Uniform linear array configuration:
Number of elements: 8
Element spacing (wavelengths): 1
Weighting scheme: cosine
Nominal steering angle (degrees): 15
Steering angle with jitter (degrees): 15.04
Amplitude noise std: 0.05
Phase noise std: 0.05

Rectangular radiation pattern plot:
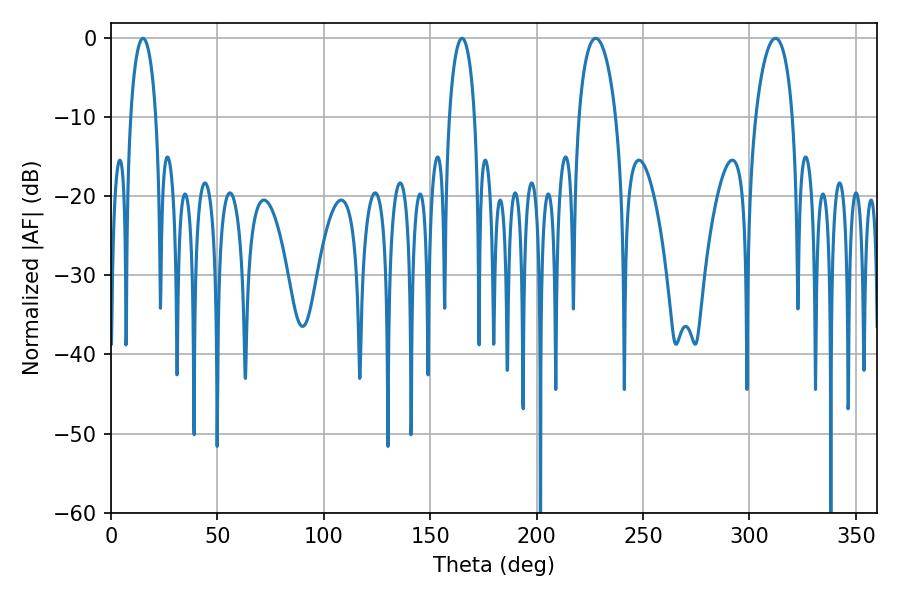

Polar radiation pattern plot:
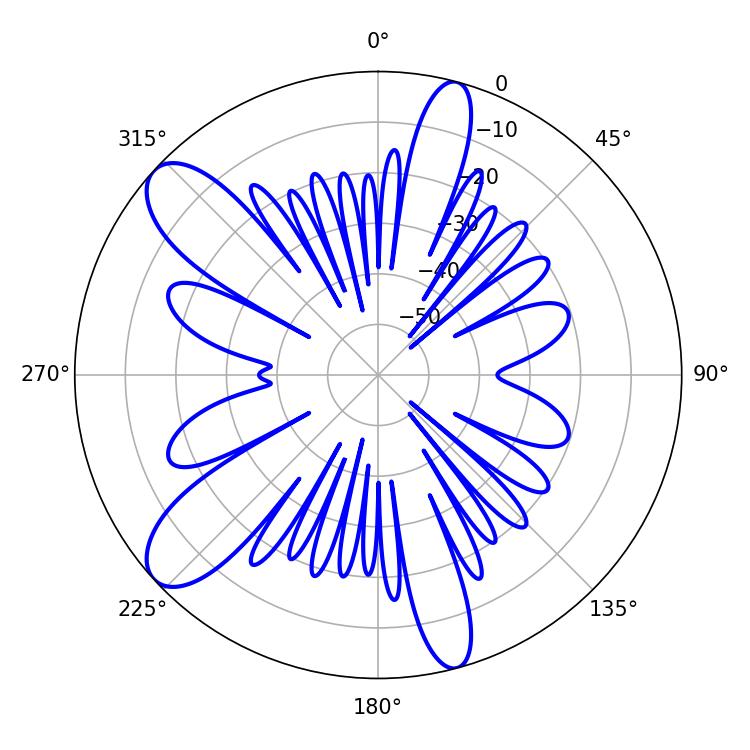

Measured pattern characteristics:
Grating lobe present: TRUE
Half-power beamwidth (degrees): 9.9
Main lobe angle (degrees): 227.7